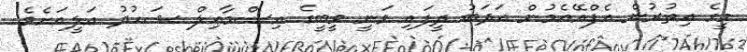
މީގެ އިތުރުން އެފްއޭއެމުން އަދަބު ދީފައި ވަނީ ވީބީގެ އިސްމާޢިލް ޝަހުދު ޢަލީއަށެވެ.